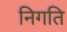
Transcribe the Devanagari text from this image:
निगति